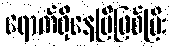
ရောက်ရှိနေပြီဖြစ်ပြီး